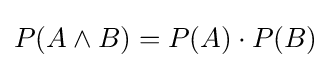
P(A\land B)=P(A)\cdot P(B)